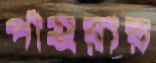
পাহরার